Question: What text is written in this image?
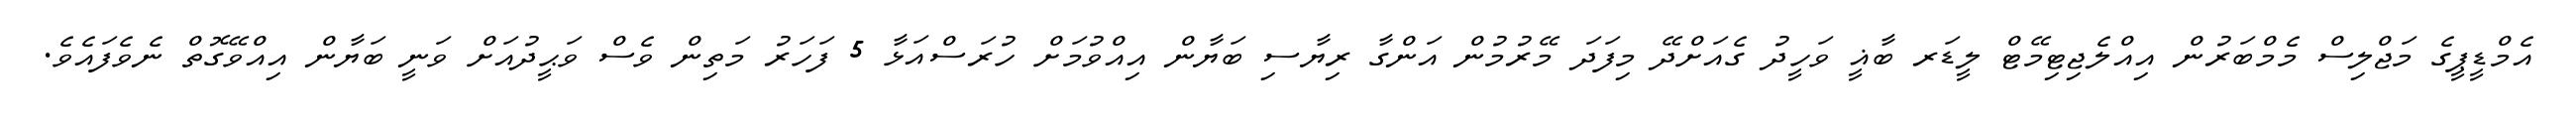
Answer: އެމްޑީޕީގެ މަޖްލިސް މެމްބަރުން އިއްލެޖިޓިމޭޓް ލީޑަރ ބާޣީ ވަހީދު ގެއަށްދޭ މިފަދަ މޭރުމުން އަންގާ ރިޔާސި ބަޔާން އިއްވުމަށް ހުރަސްއަޅާ 5 ފަހަރު މަތިން ވެސް ވަޙީދުއަށް ވަނީ ބަޔާން އިއްވޭގޮތް ނެވެފައެވެ.